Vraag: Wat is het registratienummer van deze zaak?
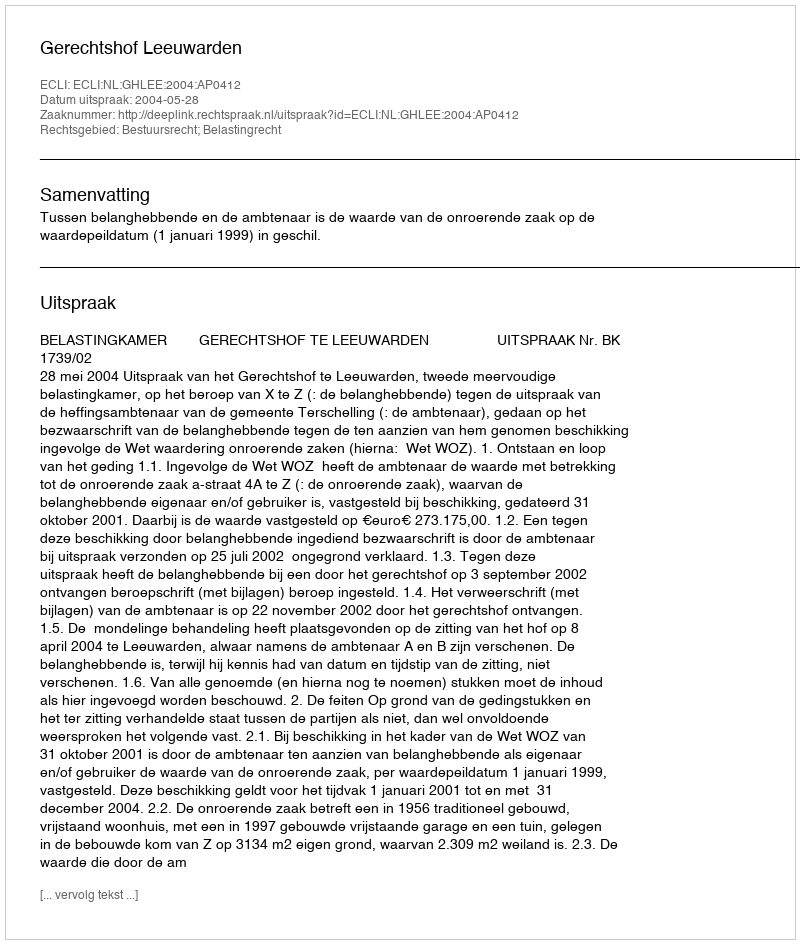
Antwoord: http://deeplink.rechtspraak.nl/uitspraak?id=ECLI:NL:GHLEE:2004:AP0412